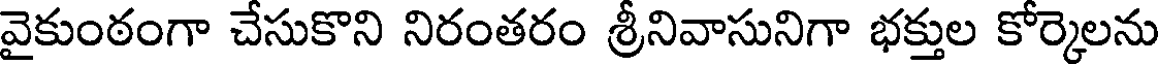
వైకుంఠంగా చేసుకొని నిరంతరం శ్రీనివాసునిగా భక్తుల కోర్కెలను